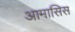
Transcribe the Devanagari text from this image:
आमासिस